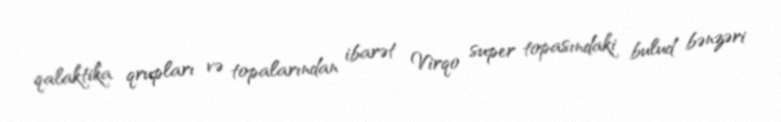
qalaktika qrupları və topalarından ibarət Virqo super topasındaki bulud bənzəri